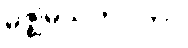
မဇ္ဈိမသဟဂတာ